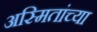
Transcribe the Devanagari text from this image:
अस्मितांच्या